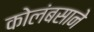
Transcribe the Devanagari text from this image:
कोलंबसाने